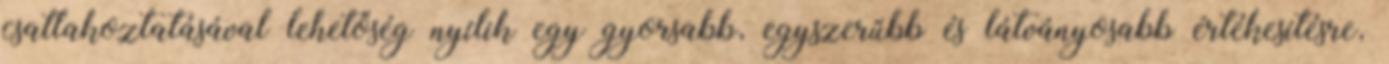
csatlakoztatásával lehetőség nyílik egy gyorsabb, egyszerűbb és látványosabb értékesítésre,